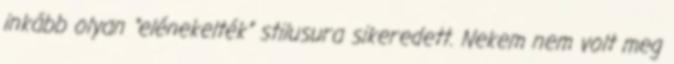
inkább olyan “elénekelték” stilusura sikeredett. Nekem nem volt meg